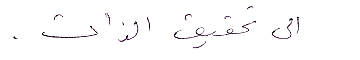
الى تحقيق الذات.